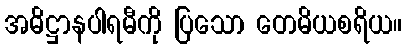
အဓိဋ္ဌာနပါရမီကို ပြသော တေမိယစရိယ။